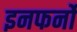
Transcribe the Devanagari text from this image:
इनफर्नो